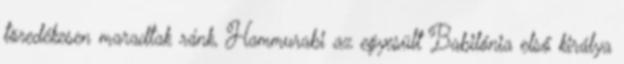
töredékesen maradtak ránk, Hammurabi az egyesült Babilónia első királya